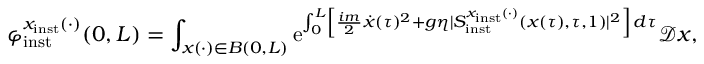
\varphi _ { \mathrm { i n s t } } ^ { x _ { \mathrm { i n s t } } ( \cdot ) } ( 0 , L ) = \int _ { x ( \cdot ) \in B ( 0 , L ) } \mathrm { e } ^ { \int _ { 0 } ^ { L } \left\lbrack \frac { i m } { 2 } \dot { x } ( \tau ) ^ { 2 } + g \eta \vert S _ { \mathrm { i n s t } } ^ { x _ { \mathrm { i n s t } } ( \cdot ) } ( x ( \tau ) , \tau , 1 ) \vert ^ { 2 } \right\rbrack \, d \tau } \mathscr { D } x ,